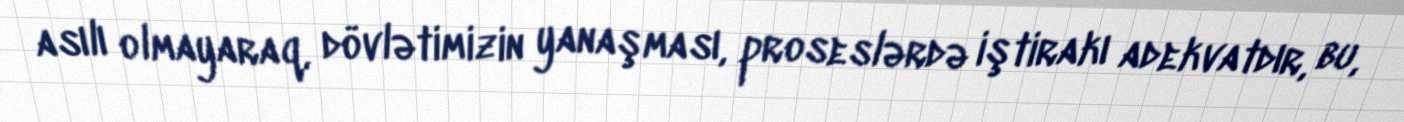
asılı olmayaraq, dövlətimizin yanaşması, proseslərdə iştirakı adekvatdır, bu,